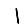
Digit: 1